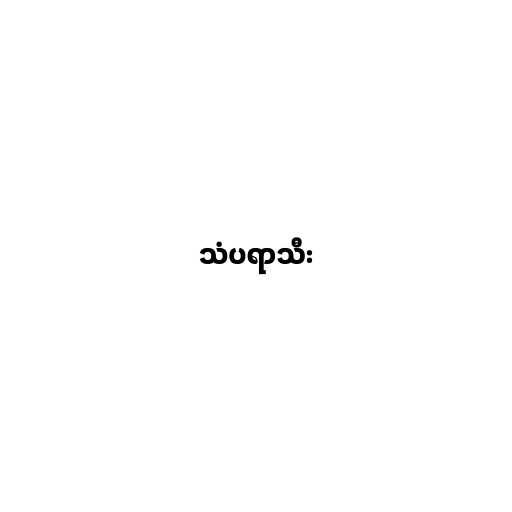
သံပရာသီး